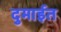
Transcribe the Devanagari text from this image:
दुमाईत